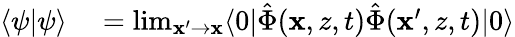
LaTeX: \begin{array}{rl}{\langle\psi|\psi\rangle}&{{}=\operatorname*{lim}_{\mathbf{x}^{\prime}\to\mathbf{x}}\langle 0|\hat{\Phi}(\mathbf{x},z,t)\hat{\Phi}(\mathbf{x}^{\prime},z,t)|0\rangle}\end{array}